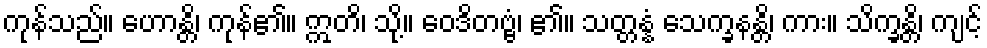
ကုန်သည်။ ဟောန္တိ၊ ကုန်၏။ ဣတိ၊ သို့။ ဝေဒိတဗ္ဗံ၊ ၏။ သတ္တန္နံ သေက္ခနန္တိ၊ ကား။ သိက္ခန္တိ၊ ကျင့်